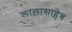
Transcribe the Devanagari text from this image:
लालासाहेब